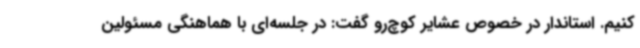
کنیم. استاندار در خصوص عشایر کوچ‌رو گفت: در جلسه‌ای با هماهنگی مسئولین